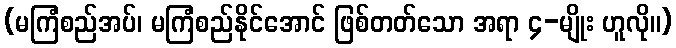
(မကြံစည်အပ်၊ မကြံစည်နိုင်အောင် ဖြစ်တတ်သော အရာ ၄-မျိုး ဟူလို။)